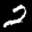
Label: 2